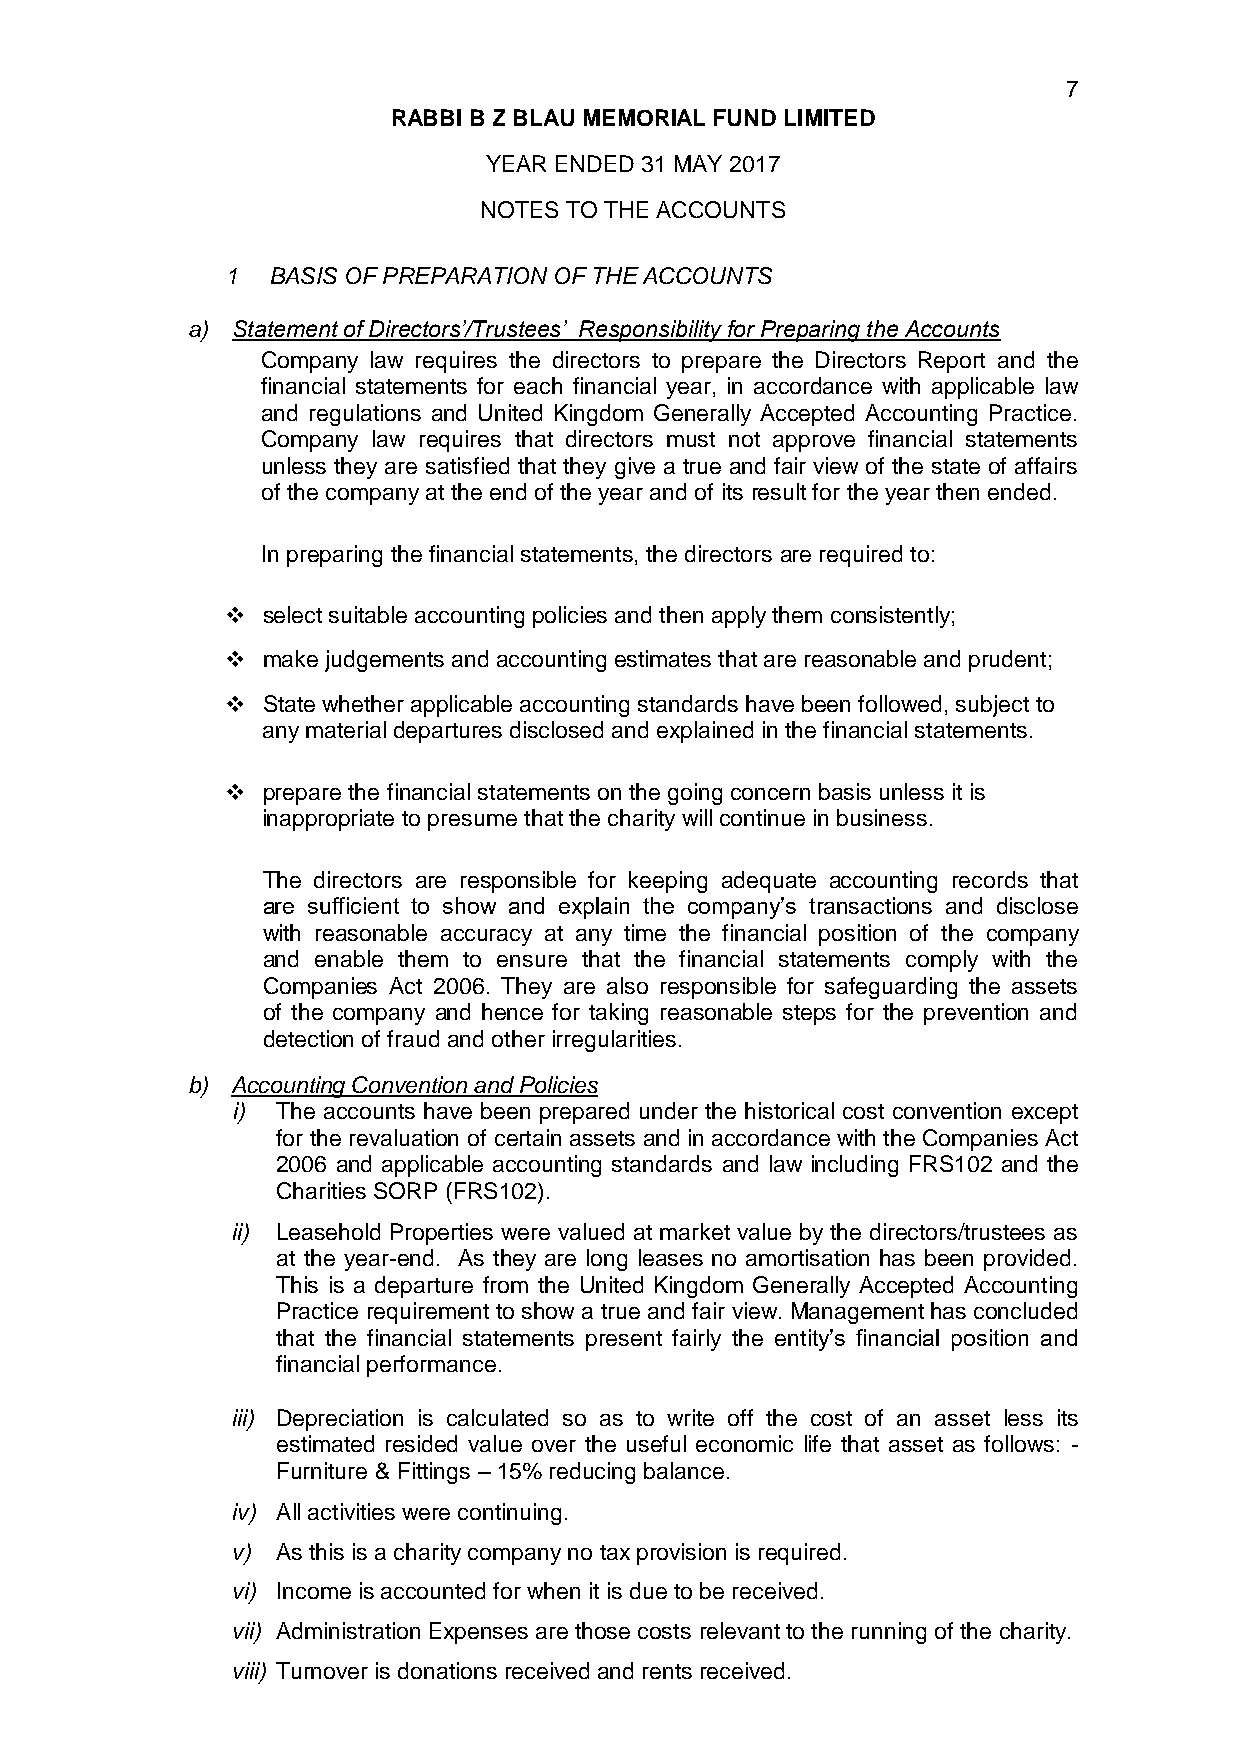
7
 RABBI B Z BLAU MEMORIAL FUND LIMITED
 YEAR ENDED 31 MAY 2017
 NOTES TO THE ACCOUNTS
 1  BASIS OF PREPARATION OF THE ACCOUNTS
 a) Statement of Directors’/Trustees’ Responsibility for Preparing the Accounts
 Company law requires the directors to prepare the Directors Report and the
 financial statements for each financial year, in accordance with applicable law
 and regulations and United Kingdom Generally Accepted Accounting Practice.
 Company law requires that directors must not approve financial statements
 unless they are satisfied that they give a true and fair view of the state of affairs
 of the company at the end of the year and of its result for the year then ended.
 In preparing the financial statements, the directors are required to:
  select suitable accounting policies and then apply them consistently;
  make judgements and accounting estimates that are reasonable and prudent;
  State whether applicable accounting standards have been followed, subject to
 any material departures disclosed and explained in the financial statements.
  prepare the financial statements on the going concern basis unless it is
 inappropriate to presume that the charity will continue in business.
 The directors are responsible for keeping adequate accounting records that
 are sufficient to show and explain the company’s transactions and disclose
 with reasonable accuracy at any time the financial position of the company
 and enable them to ensure that the financial statements comply with the
 Companies Act 2006. They are also responsible for safeguarding the assets
 of the company and hence for taking reasonable steps for the prevention and
 detection of fraud and other irregularities.
 b) Accounting Convention and Policies
 i) The accounts have been prepared under the historical cost convention except
 for the revaluation of certain assets and in accordance with the Companies Act
 2006 and applicable accounting standards and law including FRS102 and the
 Charities SORP (FRS102).
 ii) Leasehold Properties were valued at market value by the directors/trustees as
 at the year-end. As they are long leases no amortisation has been provided.
 This is a departure from the United Kingdom Generally Accepted Accounting
 Practice requirement to show a true and fair view. Management has concluded
 that the financial statements present fairly the entity’s financial position and
 financial performance.
 iii) Depreciation is calculated so as to write off the cost of an asset less its
 estimated resided value over the useful economic life that asset as follows: -
 Furniture & Fittings – 15% reducing balance.
 iv) All activities were continuing.
 v) As this is a charity company no tax provision is required.
 vi) Income is accounted for when it is due to be received.
 vii) Administration Expenses are those costs relevant to the running of the charity.
 viii) Turnover is donations received and rents received.